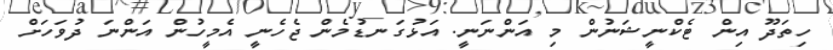
ހިތަދޫ އިން ޓެކްނީޝަނުން މި އަންނަނީ. އަޅުގަނޑުމެން ޖެހެނީ އެމީހުން އަންނަ ދުވަހަށް